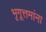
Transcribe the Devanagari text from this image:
भृगूत्तमांना